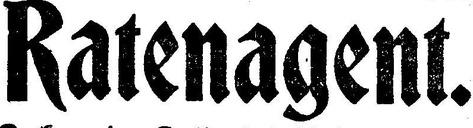
Ratenagent.